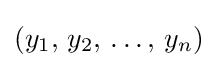
(y_{1},\,y_{2},\,\ldots ,\,y_{n})